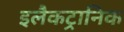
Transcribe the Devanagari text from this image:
इलैकट्रानिक